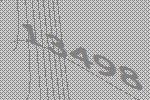
13498